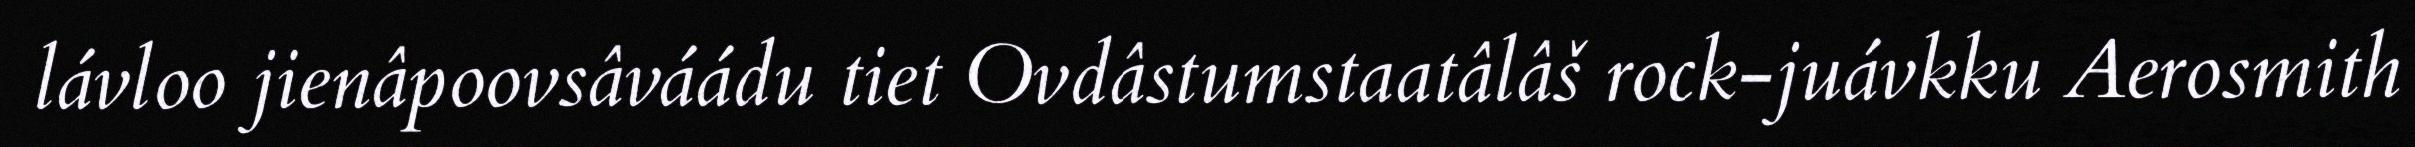
lávloo jienâpoovsâváádu tiet Ovdâstumstaatâlâš rock-juávkku Aerosmith